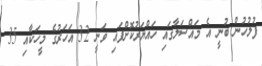
ފުލުހުން ބުނީ އެ މައްސަލާގައި ހައްޔަރުކޮށްފައި ވަނީ 32 އަހަރުގެ މީހަކާއި 35